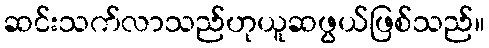
ဆင်းသက်လာသည်ဟုယူဆဖွယ်ဖြစ်သည်။